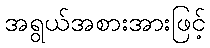
အရွယ်အစားအားဖြင့်